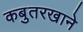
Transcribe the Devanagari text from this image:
कबुतरखाने